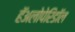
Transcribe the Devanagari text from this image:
हॅअलोपेरिडॉल